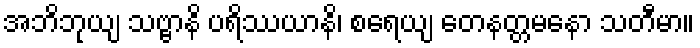
အဘိဘုယျ သဗ္ဗာနိ ပရိဿယာနိ၊ စရေယျ တေနတ္တမနော သတီမာ။